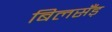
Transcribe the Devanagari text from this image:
बिलसँड़